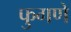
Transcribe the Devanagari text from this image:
फुगणे